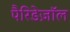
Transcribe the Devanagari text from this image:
पैरिडेज़ॉल